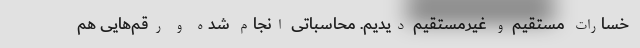
خسارات مستقیم و غیرمستقیم دیدیم. محاسباتی انجام شده و رقم‌هایی هم